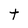
Character: t